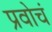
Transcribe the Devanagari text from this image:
प्रवोचं